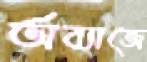
অব্যাজে